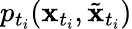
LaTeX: p_{t_{i}}(\mathbf{x}_{t_{i}},\tilde{\mathbf{x}}_{t_{i}})